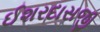
ઈશરદાસજી